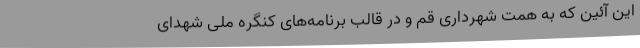
این آئین که به همت شهرداری قم و در قالب برنامه‌های کنگره ملی شهدای